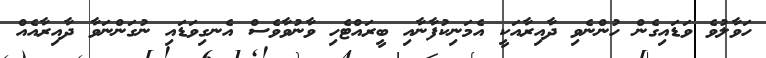
ހަވާލުވެ ވަޑައިގެން ހުންނެވި ދާއިރާއަކީ އެމަނިކުފާނާއި ބީރައްޓެހި ވާނުވާވެސް އެނގިވަޑައި ނުގަންނަވާ ދާއިރާއެއް